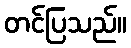
တင်ပြသည်။